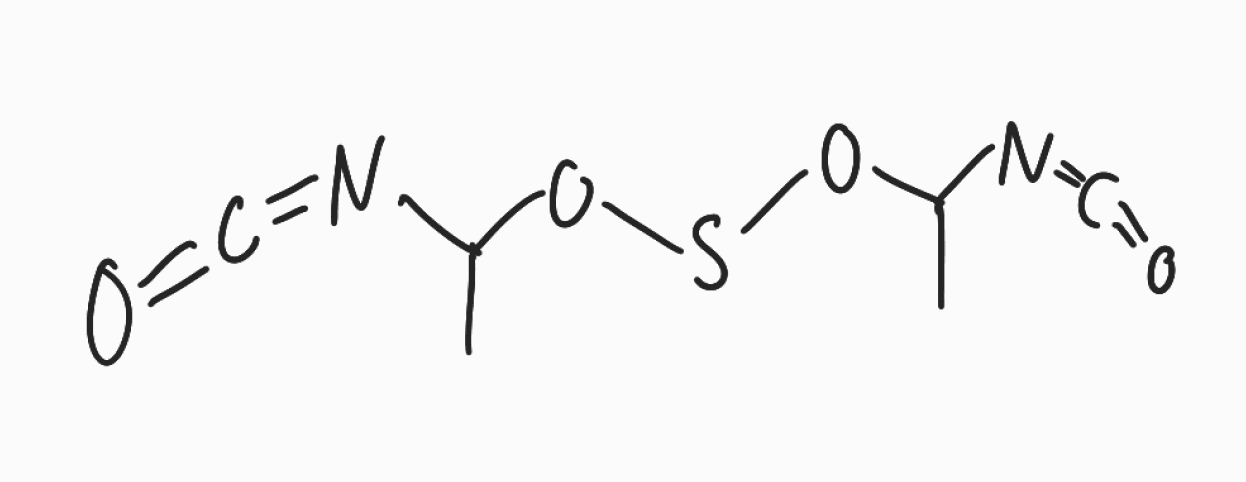
Simplified molecular-input line-entry system (SMILES) notation of the given molecule:
CC(N=C=O)OSOC(C)N=C=O